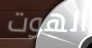
الهوت